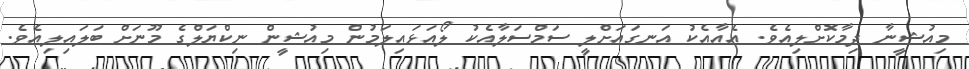
މިއުޝީނާ ދިމާކޮށްލިއެވެ. އެއާއެކު އަނގައަަށްލީ ސަމްސަލާއެކު ލޯއަޅައިލަމުން މިއުޝީން ނިކްޔަލްގެ މޫނަށް ބަލައިލިއެވެ.